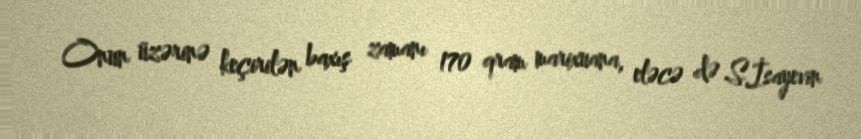
Onun üzərinə keçirilən baxış zamanı 170 qram marixuana, eləcə də S.İsayevin